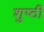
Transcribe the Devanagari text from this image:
शुष्ठी